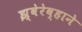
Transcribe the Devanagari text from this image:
झ्वेरेव्हाने